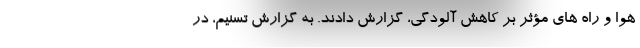
هوا و راه های مؤثر بر کاهش آلودگی، گزارش دادند. به گزارش تسنیم، در